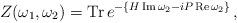
LaTeX: \begin{align*}Z(\omega_{1},\omega_{2})=\textrm{Tr}\,e^{-\{H\,\footnotesize\textrm{Im}\normalsize\,\omega_{2}-iP\,\footnotesize\textrm{Re}\normalsize\,\omega_{2}\}}\,,\end{align*}